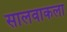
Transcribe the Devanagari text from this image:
सालवाकला